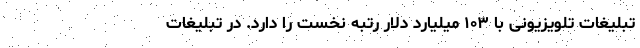
تبلیغات تلویزیونی با ۱۰۳ میلیارد دلار رتبه نخست را دارد. در تبلیغات